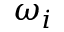
\omega _ { i }